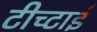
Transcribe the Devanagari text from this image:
टीच्टाई